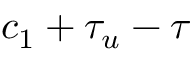
c _ { 1 } + \tau _ { u } - \tau